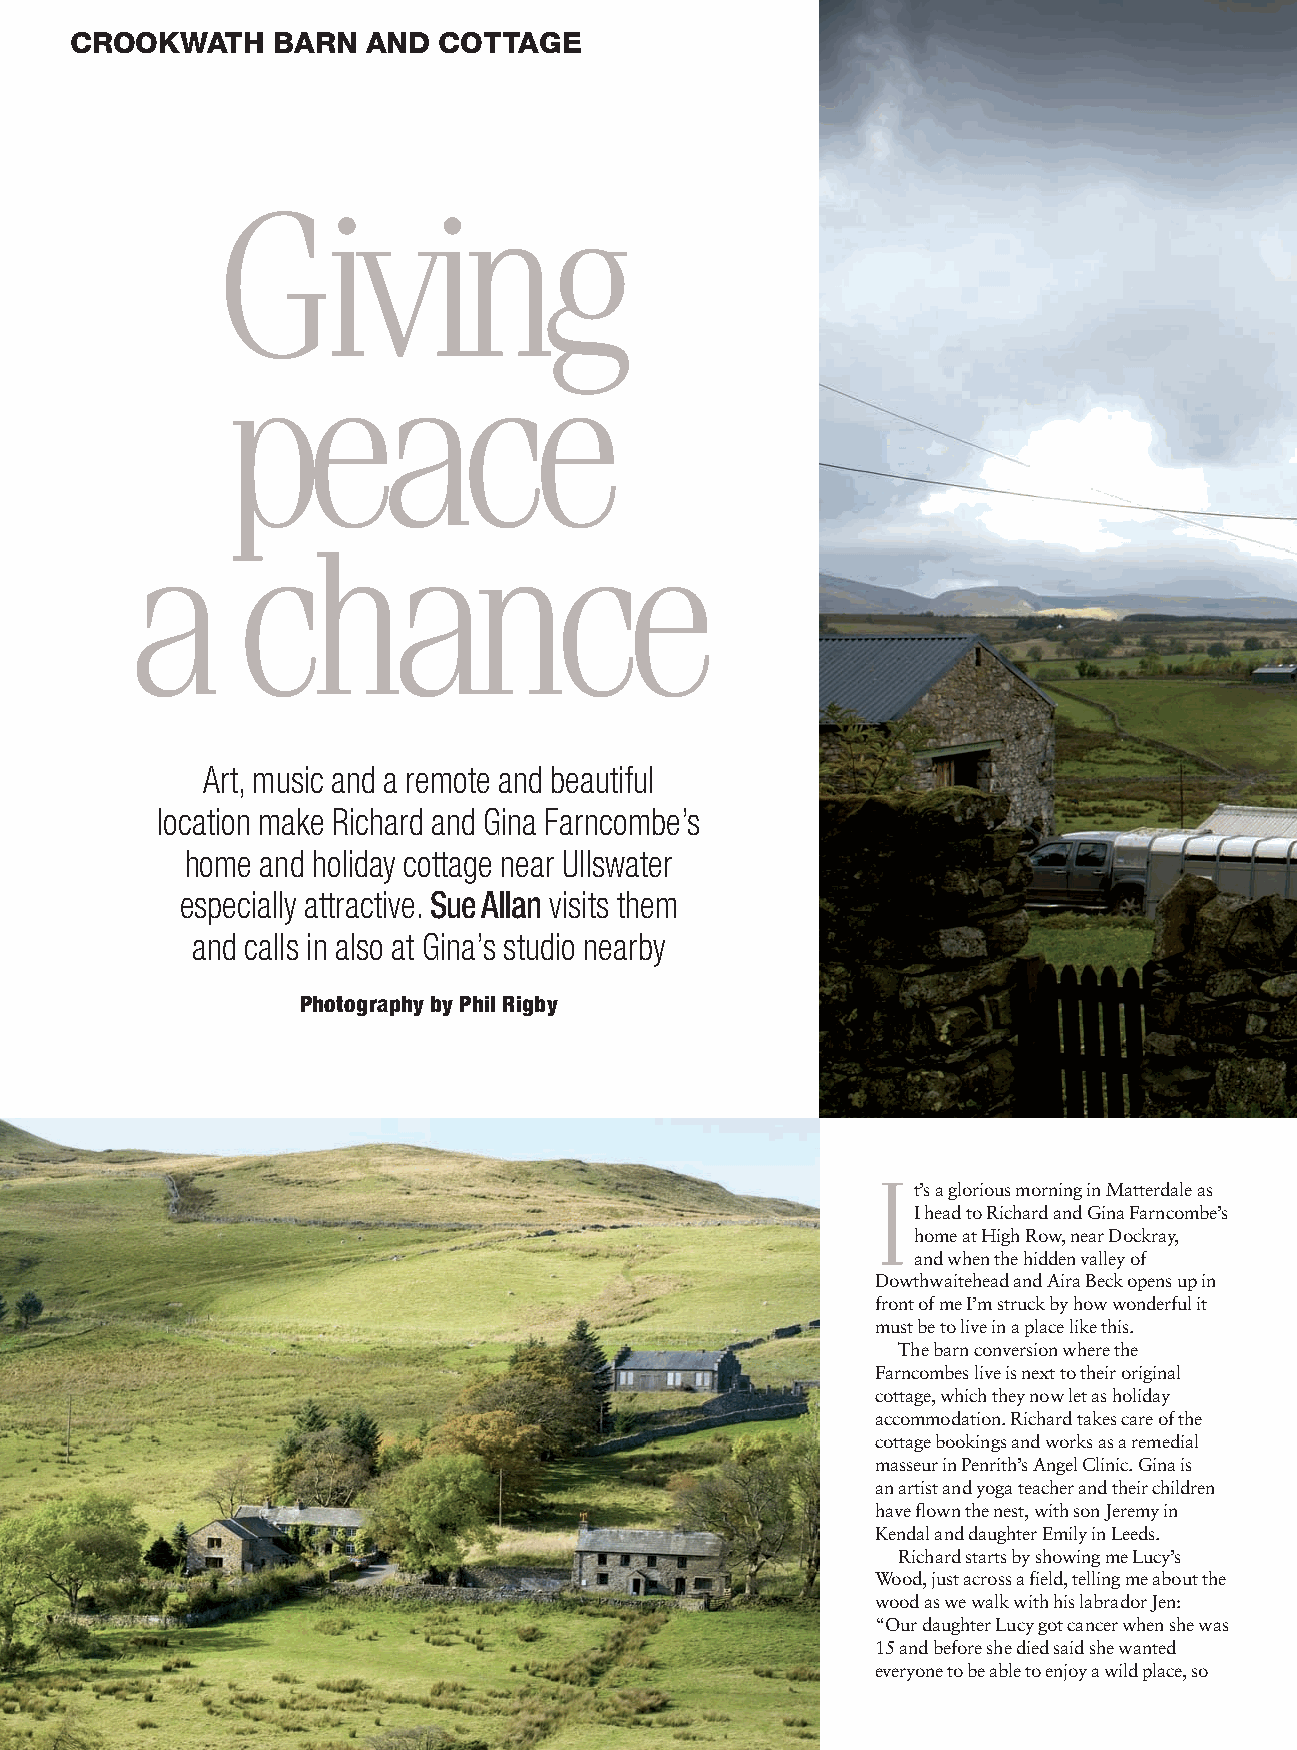
96-99,101 Crookwath v2.qxp 19/10/2012 17:23 Page 2
 CROOKWATH    BARN  AND  COTTAGE
 Giving
 peace
 a      chance
 Art, music and a remote and beautiful
 location make Richard and Gina Farncombe’s
 home and holiday cottage near Ullswater
 especially attractive. Sue Allan visits them
 and calls in also at Gina’s studio nearby
 Photography by Phil Rigby
 I
 t’s a glorious morning in Matterdale as
 I head to Richard and Gina Farncombe’s
 home at High Row, near Dockray,
 and when the hidden valley of
 Dowthwaitehead and Aira Beck opens up in
 front of me I’m struck by how wonderful it
 must be to live in a place like this.
 The barn conversion where the
 Farncombes live is next to their original
 cottage, which they now let as holiday
 accommodation. Richard takes care of the
 cottage bookings and works as a remedial
 masseur in Penrith’s Angel Clinic. Gina is
 an artist and yoga teacher and their children
 have flown the nest, with son Jeremy in
 Kendal and daughter Emily in Leeds.
 Richard starts by showing me Lucy’s
 Wood, just across a field, telling me about the
 wood as we walk with his labrador Jen:
 “Our daughter Lucy got cancer when she was
 15 and before she died said she wanted
 everyone to be able to enjoy a wild place, so